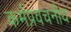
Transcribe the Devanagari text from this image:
कर्मप्रवचनीय